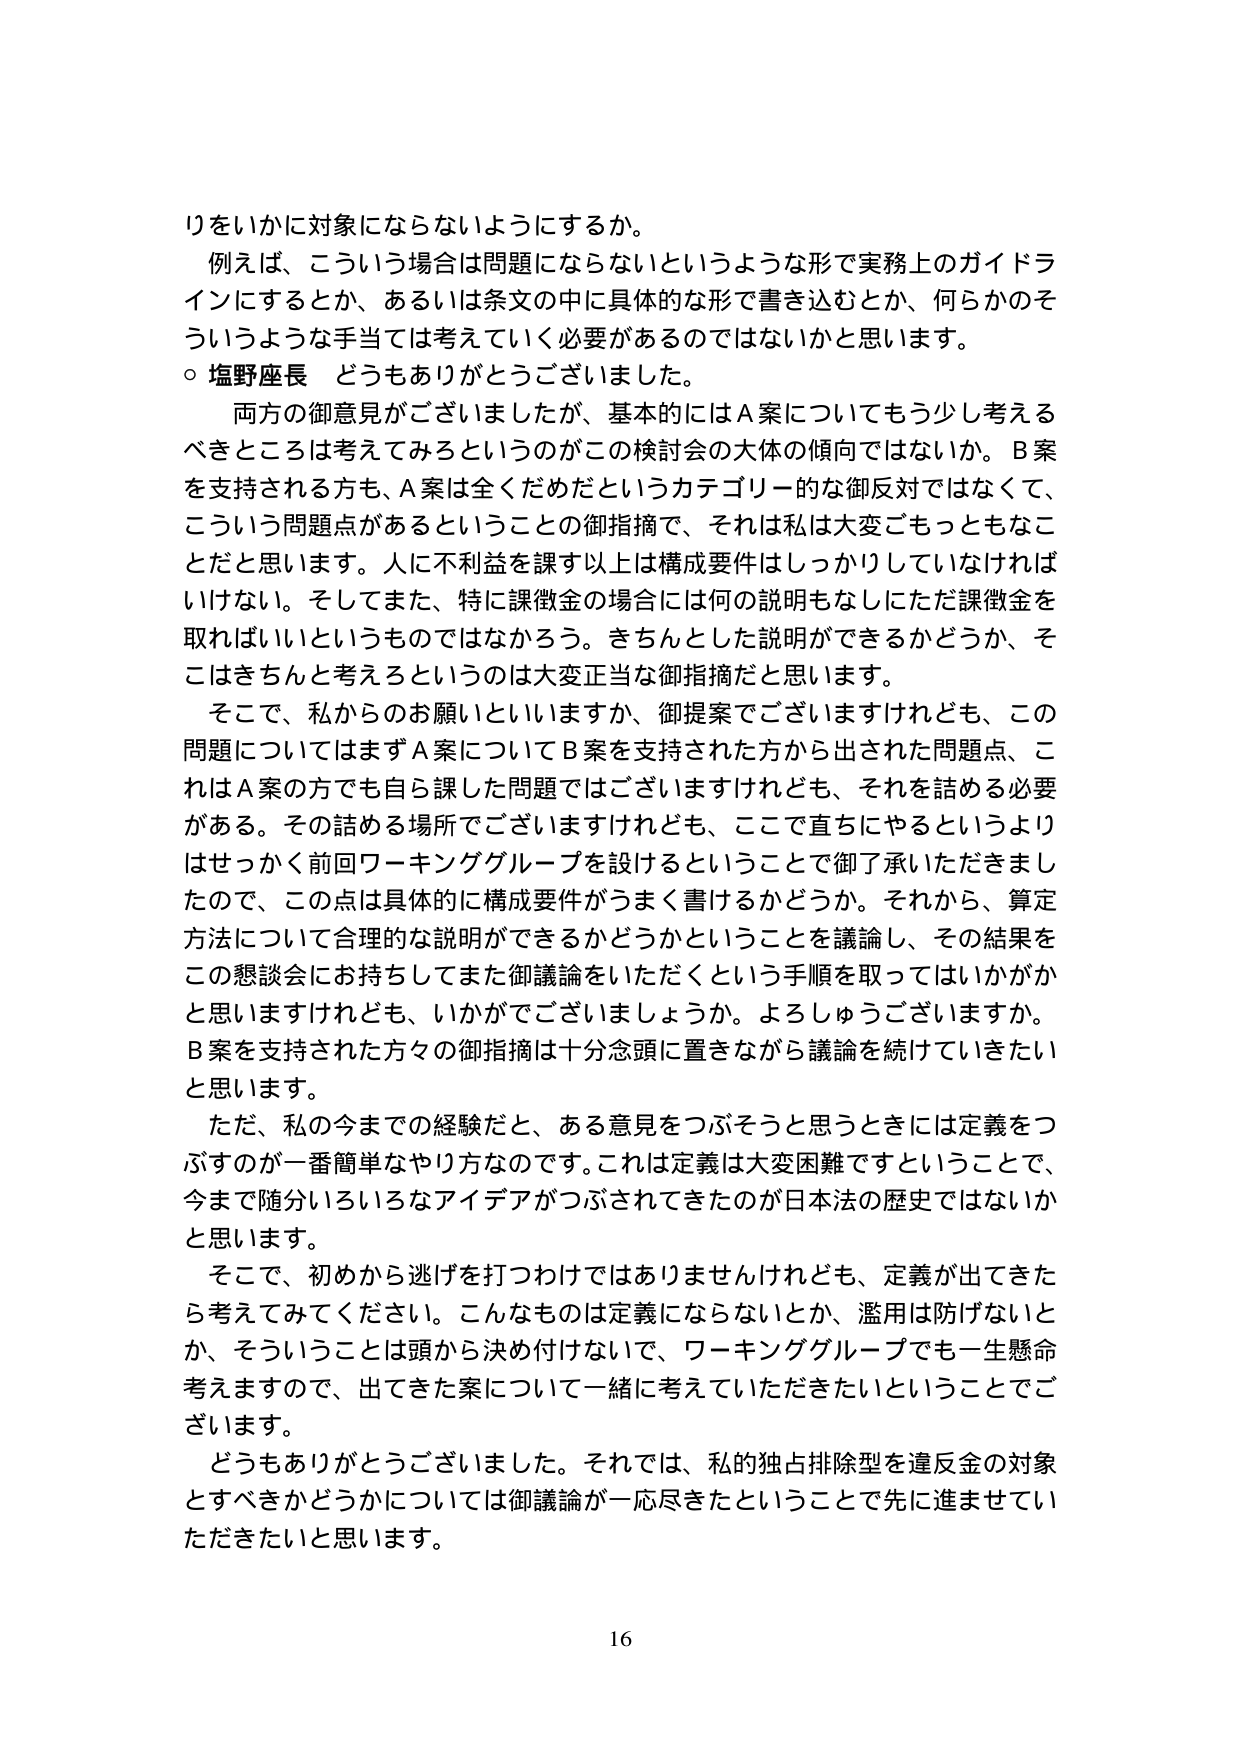
りをいかに対象にならないようにするか。
例えば、こういう場合は問題にならないというような形で実務上のガイドラインにするとか、あるいは条文の中に具体的な形で書き込むとか、何らかのそういうような手当ては考えていく必要があるのではないかと思います。
○ 塩野座長 どうもありがとうございました。
両方の御意見がございましたが、基本的にはA案についてもう少し考えるべきところは考えてみるというのがこの検討会の大体の傾向ではないか。B案を支持される方も、A案は全くだめだというカテゴリー的な御反対ではなくて、こういう問題点があるということの御指摘で、それは私は大変ごもっともなことだと思います。人に不利益を課す以上は構成要件はしっかりしていなければいけない。そしてまた、特に課徴金の場合には何の説明もなしにただ課徴金を取ればいいというものではなかろう。きちんとした説明ができるかどうか、そこはきちんと考えろというのは大変正当な御指摘だと思います。
そこで、私からのお願いといいますか、御提案でございますけれども、この問題についてはまずA案についてB案を支持された方から出された問題点、これはA案の方でも自ら課した問題ではございますけれども、それを詰める必要がある。その詰める場所でございますけれども、ここで直ちにやるというよりはせっかく前回ワーキンググループを設けるということで御了承いただきましたので、この点は具体的に構成要件がうまく書けるかどうか。それから、算定方法について合理的な説明ができるかどうかということを議論し、その結果をこの懇談会にお持ちしてまた御議論をいただくという手順を取ってはいかがかと思いますけれども、いかがでございましょうか。よろしうございますか。B案を支持された方々の御指摘は十分念頭に置きながら議論を続けていきたいと思います。
ただ、私の今までの経験だと、ある意見をつぶそうと思うときには定義をつぶすのが一番簡単なやり方なのです。これは定義は大変困難ですということで、今まで随分いろいろなアイデアがつぶされてきたのが日本法の歴史ではないかと思います。
そこで、初めから逃げを打つわけではありませんけれども、定義が出てきたら考えてみてください。こんなものは定義にならないとか、濫用は防げないとか、そういうことは頭から決め付けないで、ワーキンググループでも一生懸命考えますので、出てきた案について一緒に考えていただきたいということでございます。
どうもありがとうございました。それでは、私的独占排除型を違反金の対象とすべきかどうかについては御議論が一応尽きたということで先に進ませていただきたいと思います。
16